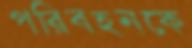
পরিবহনকে